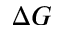
\Delta G